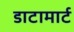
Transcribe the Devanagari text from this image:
डाटामार्ट